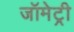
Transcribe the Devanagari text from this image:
जॉमेट्री